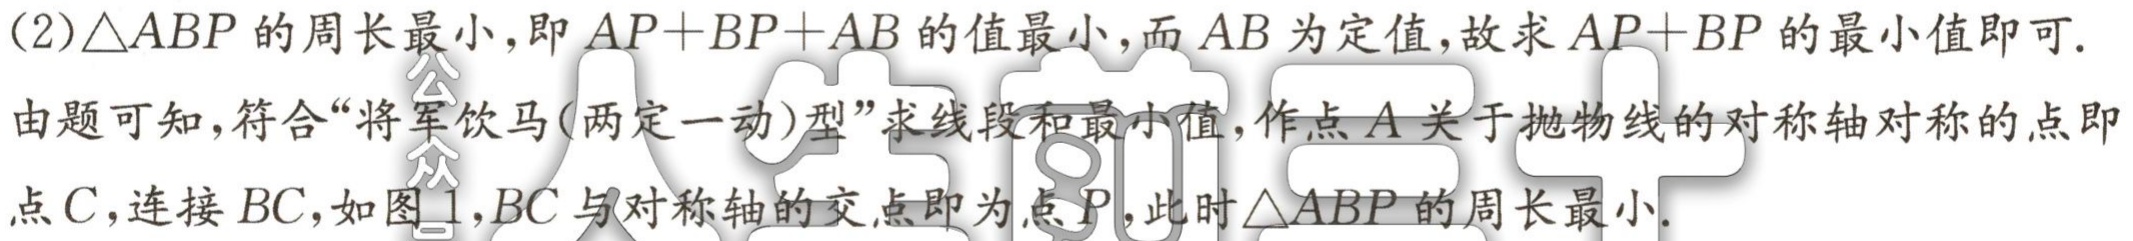
(2)$\triangle ABP$的周长最小,即$AP + BP+AB$的值最小,而$AB$为定值,故求$AP + BP$的最小值即可.

由题可知,符合“将军饮马(两定一动)型”求线段和最小值,作点$A$关于抛物线的对称轴对称的点即

点$C$,连接$BC$,如图1,$BC$与对称轴的交点即为点$P$,此时$\triangle ABP$的周长最小.